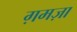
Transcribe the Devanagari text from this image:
ग़मज़ा